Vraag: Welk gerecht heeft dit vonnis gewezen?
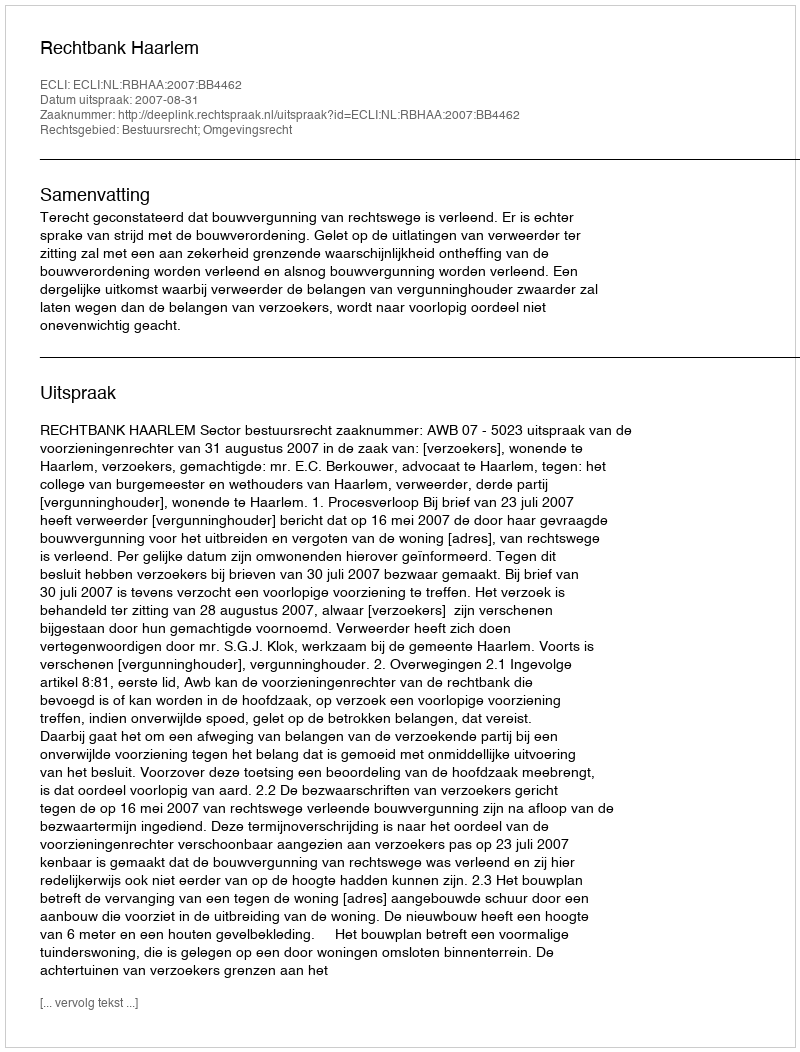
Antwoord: Rechtbank Haarlem